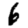
Digit: 6